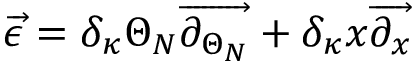
\overrightarrow { \epsilon } = \delta _ { \kappa } \Theta _ { N } \overrightarrow { \partial _ { \Theta _ { N } } } + \delta _ { \kappa } x \overrightarrow { \partial _ { x } }